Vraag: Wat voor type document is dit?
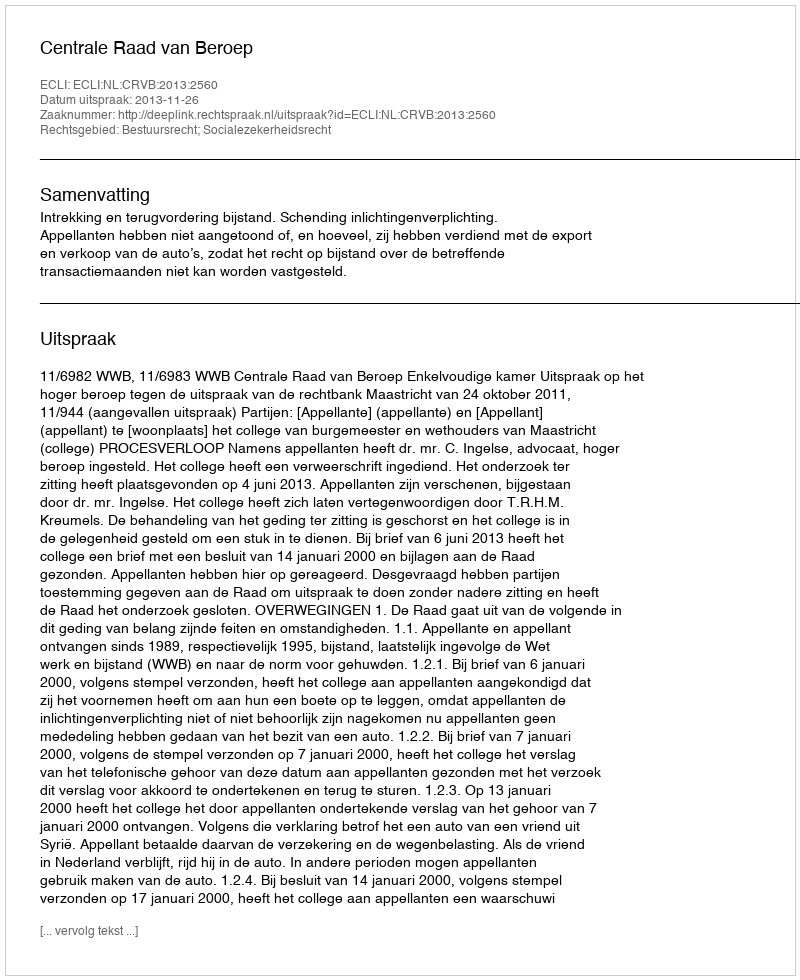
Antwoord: Uitspraak